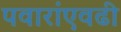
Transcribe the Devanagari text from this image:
पवारांएवढी